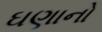
ઘણાનો